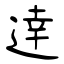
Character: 逹